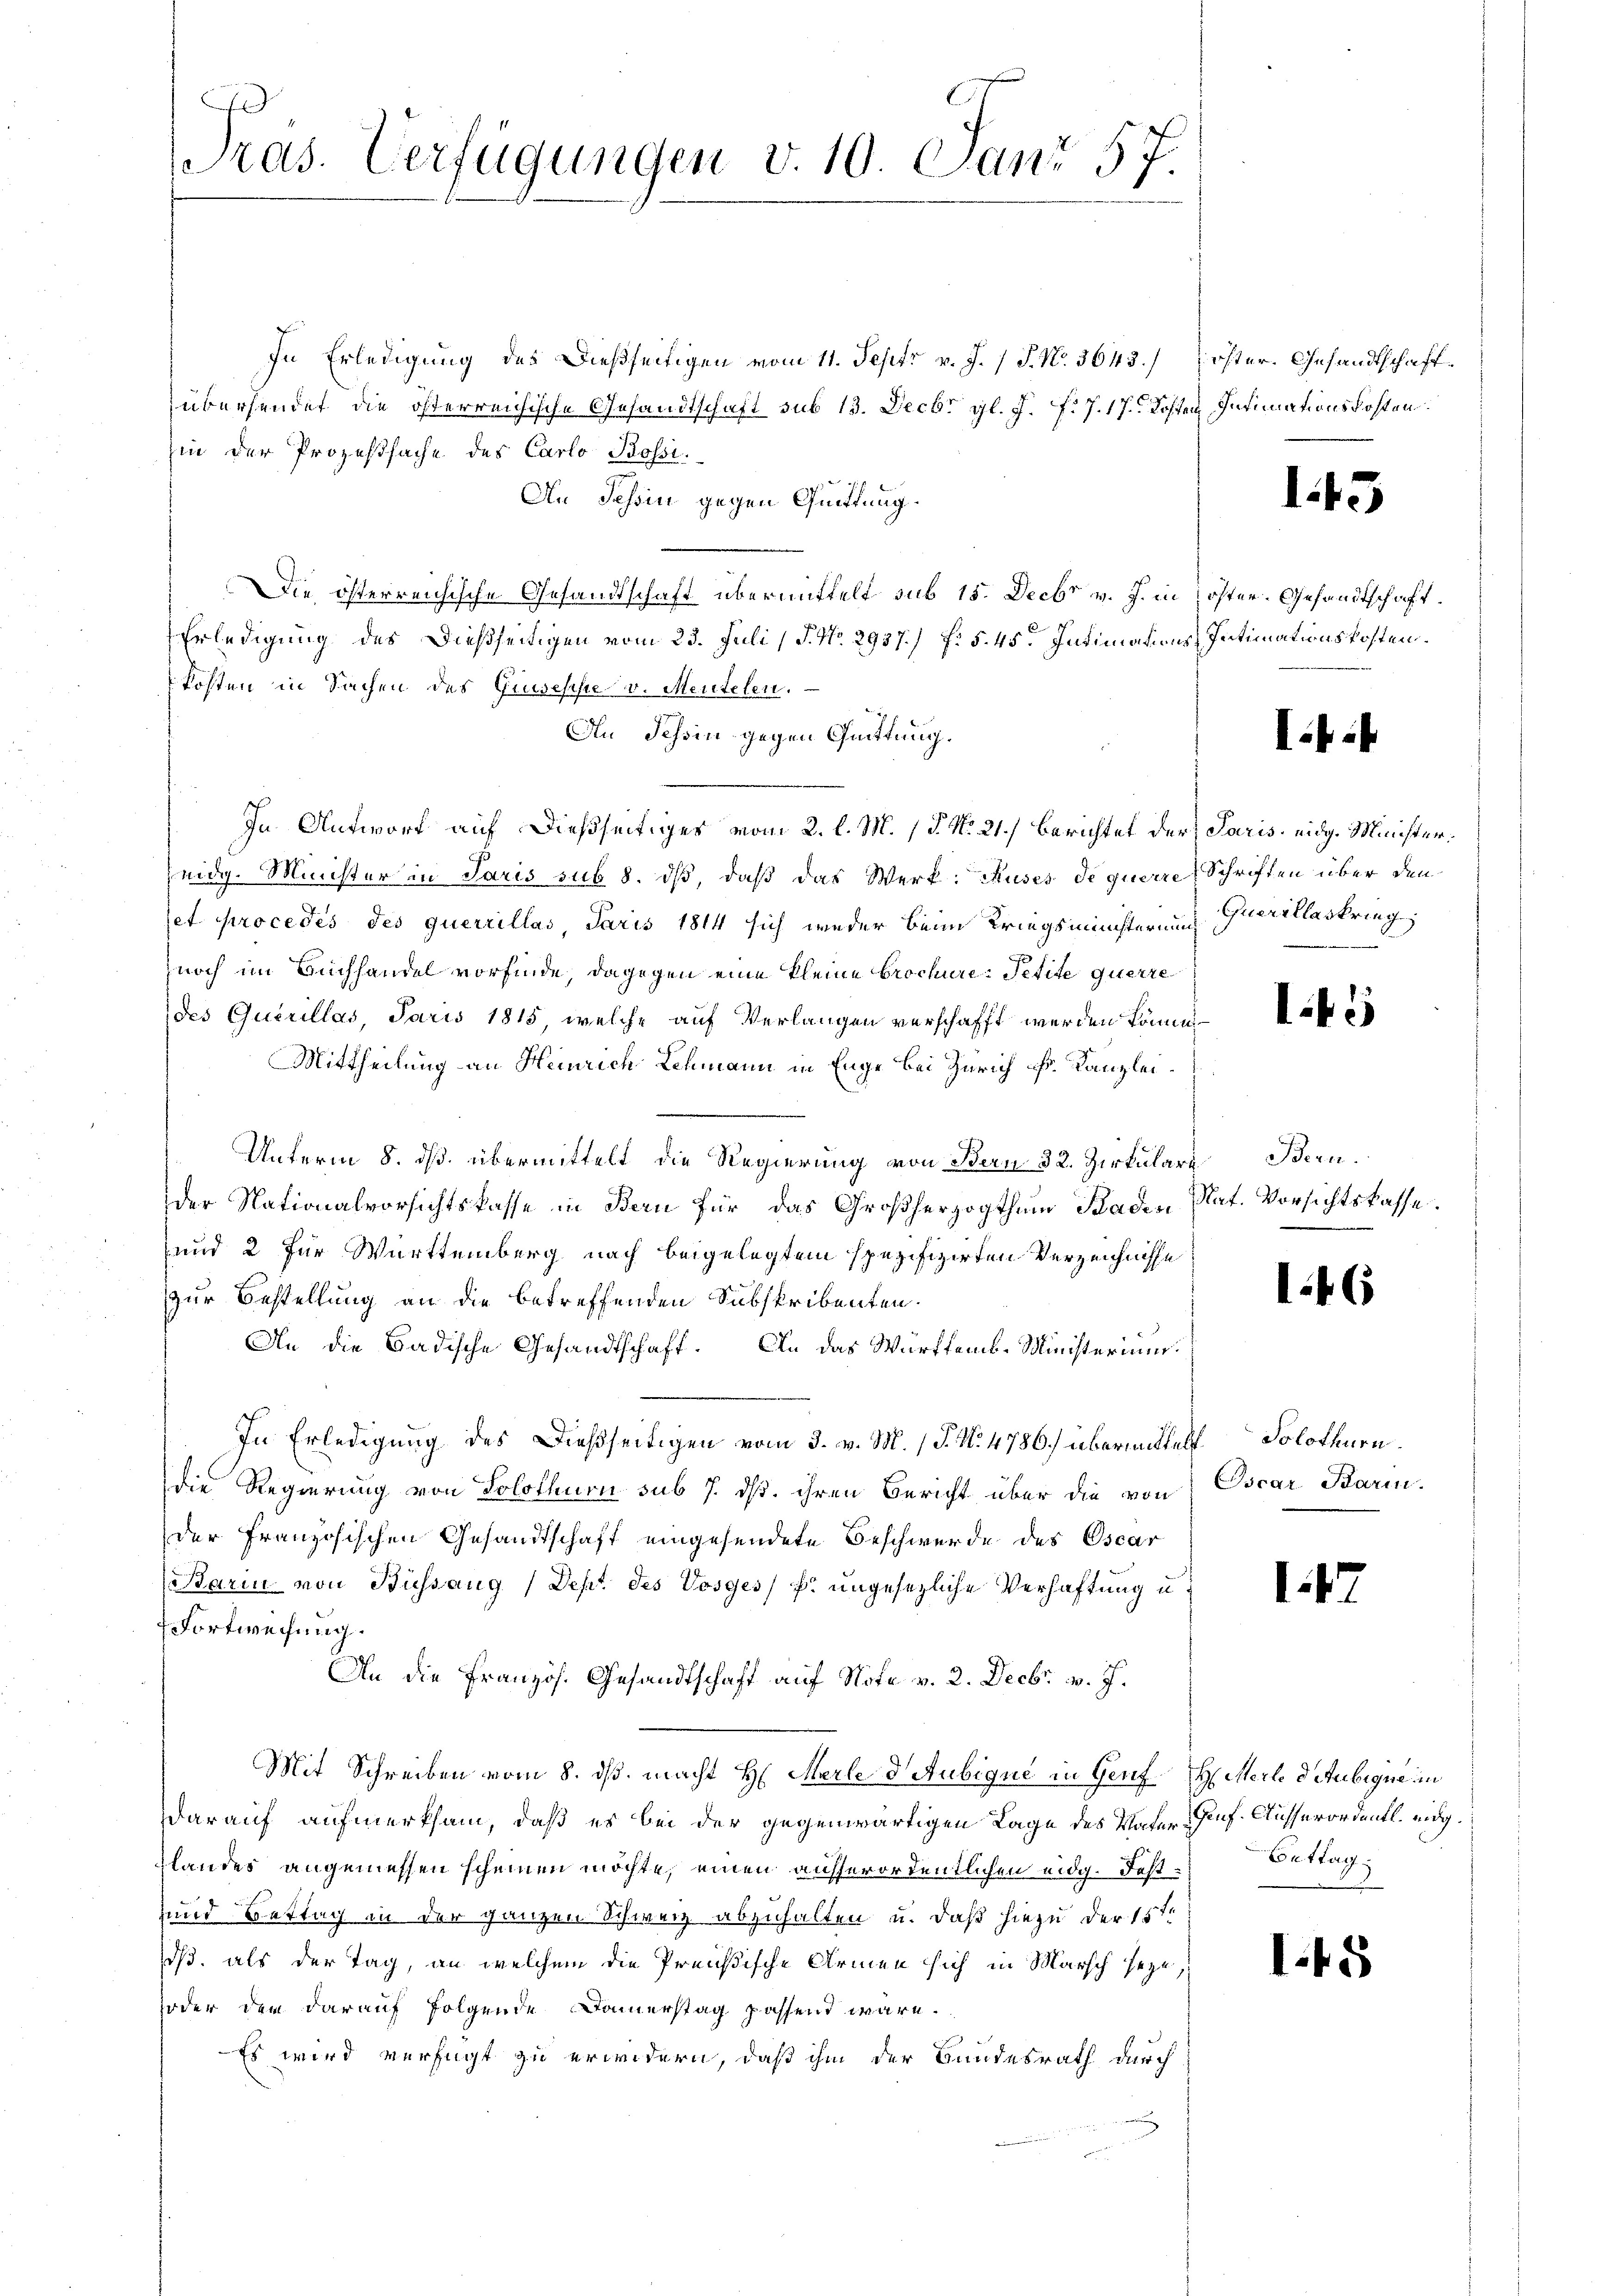
Pras. Verfügungen v. 10. Janr 57

In Erledigung des Dießseitigen vom 11. Sept. v. J. / P. Nr. 3643.) Zöster. Gesandtschaftübersendet die österreichische Gesandtschaft sub 13. Decbr. gl. J. P. J. 17. Kosten
hin der Prozeßsache des Carlo Bossi¬
An Tessin gegen Quittung.
Die österreichische Gesandtschaft übermittelt sub 15. Decbr v. J. in öster. Gesandtschaft
p
Erledigung des dießseitigen vom 23. Juli (§. No. 2937.) f. § 45. Intimations-Intimationskosten.
Kosten in Sachen des Giusepsie v. Mentelen.
An Tessin gegen Quittung.
In Antwort auf dießseitiges vom 2. l. M. 18. No 21.) Berichtet der Paris eidg. Minister¬
Zeidg. Minister in Paris sub 8. dß, daß das Werk: Muses de querre Schriften über den
set procedes des querrillas, Paris 1814 sich weder beim Kriegsministerung querillaskrieg,
noch im Buchhandel vorfinde, dagegen eine kleine brochere Petite querre
des Querillas, Paris 1815, welche auf Verlangen verschafft werden könne,
Mittheilung an Heinrich Schmann in Enge bei Zürich Fr. Kanzlei¬
Unterm 8. ds. übermittelt die Regierung von Bern 32. Zirkulare Bern.
der Nationalvorsichtskasse in Bern für das Großherzogthum Baden Nat. Vorsichtskasse.
und 2 für Württemberg nach beigelegtem spezifizirten Verzeichnisse
zur Bestellung an die betreffenden Substribenten.
An die Badische Gesandtschaft. An das Württemb. Ministerium.
In Erledigung des Dießseitigen vom 3. v. M. P. N. 4786) übermittelt Solothurn
die Regierung von Solothurn sub 7. ds. ihren Bericht über die von Oscar Barinder Französischen Gesandtschaft eingesendete Beschwerde des Oscar
Barin von Büssaug (Dept. des Vosyes) u. ungesezliche Verhaftung u.
Fortweisung.
An die Französ. Gesandtschaft auf Note v. 2. Decbr. v. J.
Mit Schreiben vom 8. ds. macht H. Merle d. Aubique in Genf H. Merl d. Aubique in
Darauf aufmerksam, daß es bei der gegenwärtigen Lage des Vater Genf. Ausserordentl. eidg.
glandes angemessen scheinen möchte, einen ausserordentlichen eidg. Fest¬
und Bettag in der ganzen Schweiz abzuhalten, u. daß hiezu der 15ten
dß. als der Tag, an welchem die Preußische Armen sich in Marsch seye,
oder der darauf folgende Dauerstag passend wäre.
Es wird verfügt zu erwidern, daß ihm der Bundesrath durch
n

Intimationskosten.

i

45

145

146

i

Bettag

1.45